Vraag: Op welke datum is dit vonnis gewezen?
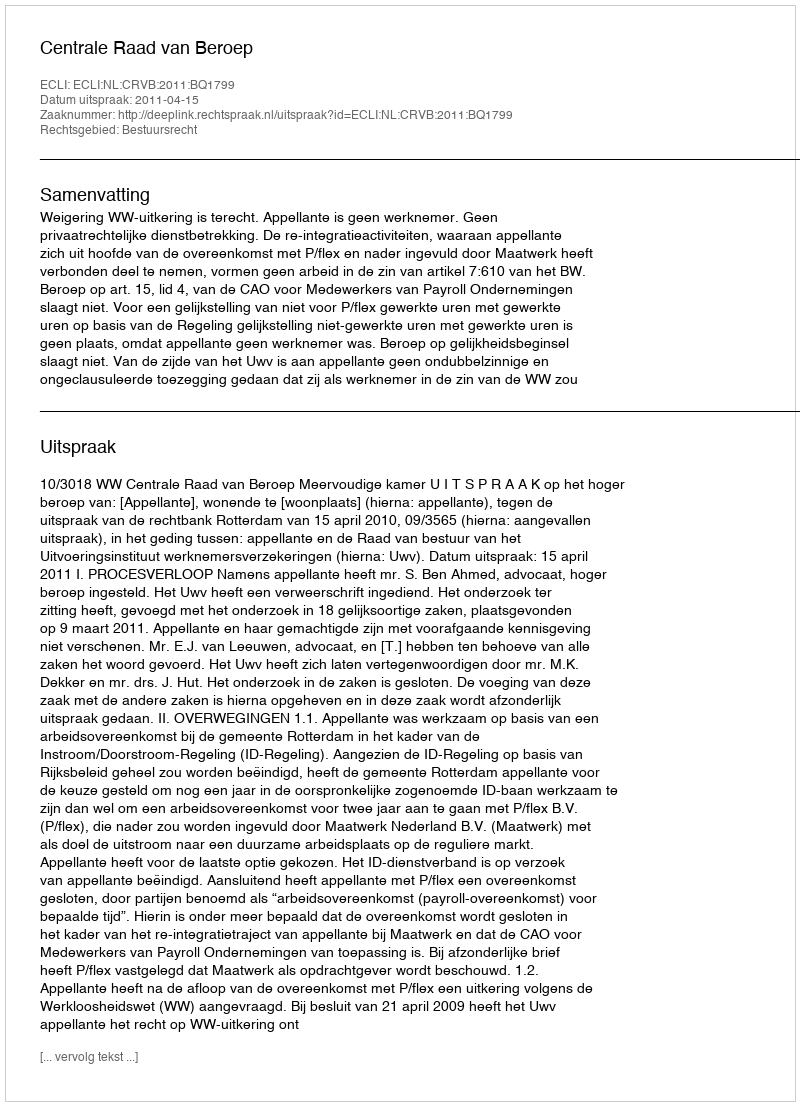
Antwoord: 2011-04-15